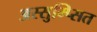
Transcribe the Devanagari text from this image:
अस्सुम्प्सित